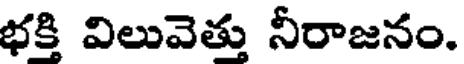
భక్తి విలువెత్తు నీరాజనం.